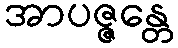
အာပဇ္ဇန္တေ